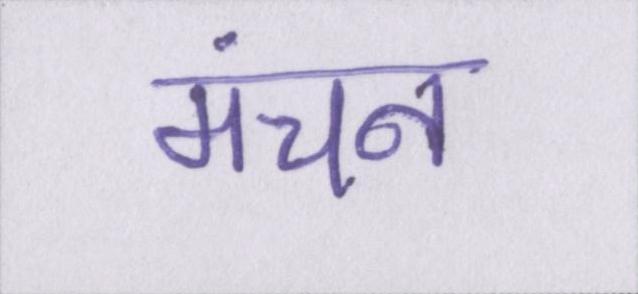
मंचन